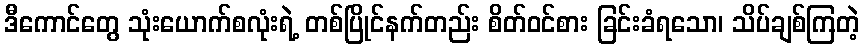
ဒီကောင်တွေ သုံးယောက်စလုံးရဲ့ တစ်ပြိုင်နက်တည်း စိတ်ဝင်စား ခြင်းခံရသော၊ သိပ်ချစ်ကြတဲ့